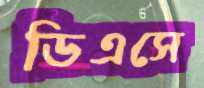
ডিএসে